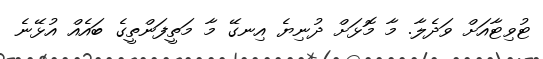
ޓުވިޓާއަށް ވަދެލާ. މާ މޮޅަށް ދުނިޔެ އިނގޭ މާ މަތީފަންތީގެ ބައެއް އުޅޭނެ